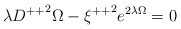
\begin{align*}\lambda{ D^{++}}^{2}\Omega -{\xi ^{++}}^{2}e^{2\lambda \Omega}=0\end{align*}